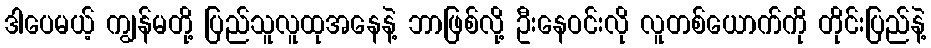
ဒါပေမယ့် ကျွန်မတို့ ပြည်သူလူထုအနေနဲ့ ဘာဖြစ်လို့ ဦးနေဝင်းလို လူတစ်ယောက်ကို တိုင်းပြည်နဲ့